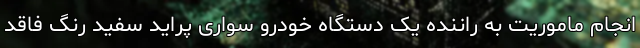
انجام ماموریت به راننده یک دستگاه خودرو سواری پراید سفید رنگ فاقد